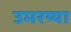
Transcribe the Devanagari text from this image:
उमरय्या